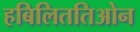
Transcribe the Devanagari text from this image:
हबिलिततिओन